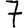
Digit: 7